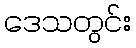
ဒေသတွင်း